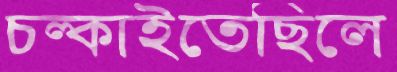
চল্‌কাইতেছিলে